Punjab Mental Hospital Lahore 1922-31 - 1922-1931
Year: 1922
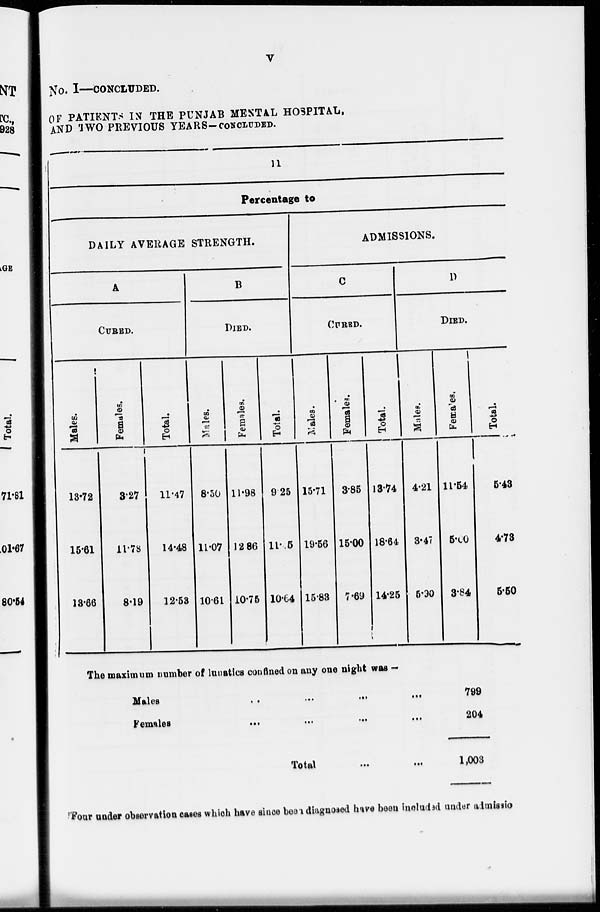
V
No. I—CONCLUDED.
OF PATIENTS IN THE PUNJAB MENTAL HOSPITAL,
AND TWO PREVIOUS YEARS-CONCLUDED.
11
Percentage to
DAILY AVERAGE STRENGTH,
A
CURED.
Males.
13.72
15.61
13.66
Females.
3.27
11.78
8.19
Total.
11.47
14.48
12.53
B
DIED.
Males.
8.50
11.07
10.61
Females.
11.98
12 86
10.75
Total.
9.25
11.55
10.64
ADMISSIONS.
C
CURED.
Males.
15.71
19.56
15.83
Females.
3.85
15.00
7.69
Total.
13.74
18.64
14.25
D
DIED.
Males.
4.21
3.47
5.90
Females.
11.54
5.00
3.84
Total.
5.43
4.73
5.50
The maximum number of lunatics confined on any one night was —
Males
...
...
...
...
...
Females
...
...
...
...
...
Total
...
...
799
204
1,003
Four under observation cases which have since been diagnosed have been included under admission